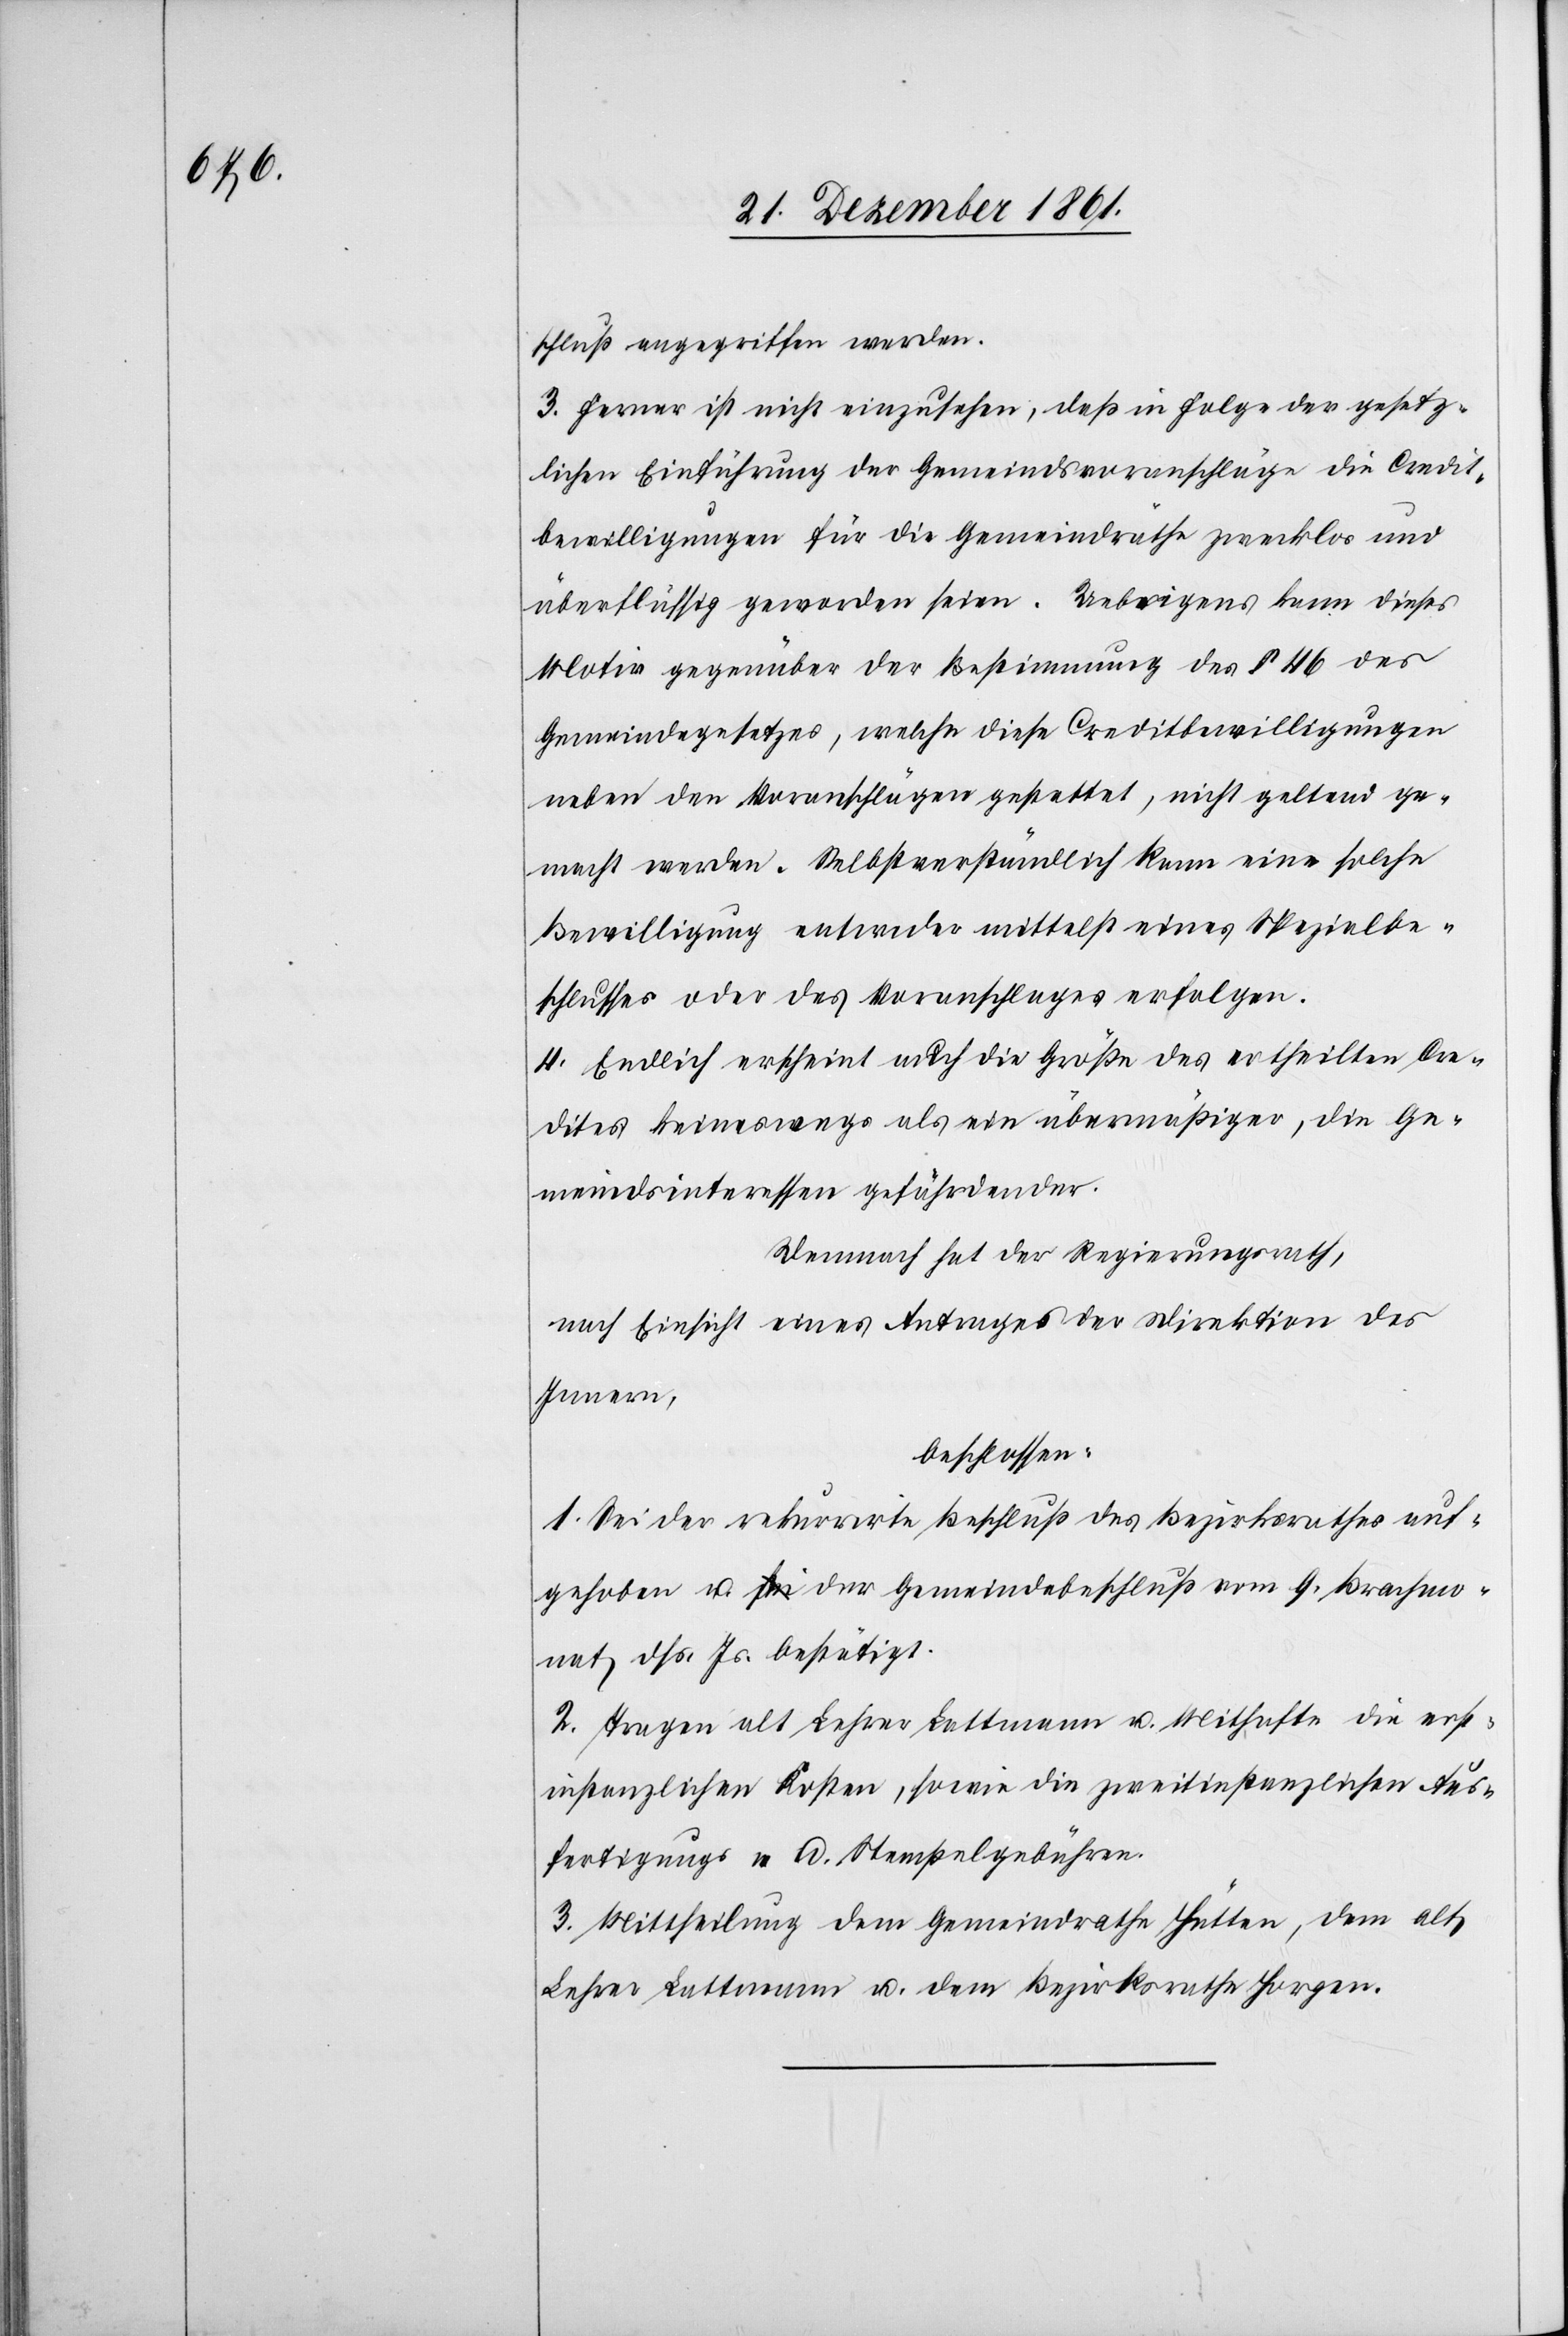
schluß angegriffen werden.
3. Ferner ist nicht einzusehen, daß in Folge der gesetz¬
lichen Einführung der Gemeindsvoranschläge die Credit¬
bewilligungen für die Gemeindräthe zwecklos und
überflüssig geworden seien. Uebrigens kann dieses
Motiv gegenüber der Bestimmung des § 46 des
Gemeindegesetzes, welche diese Creditbewilligungen
neben den Voranschlägen gestattet, nicht geltend ge¬
macht werden. Selbstverständlich kann eine solche
Bewilligung entweder mittelst eines Spezialbe¬
schlusses oder des Voranschlages erfolgen.
4. Endlich erscheint auch die Größe des ertheilten Cre¬
dites keineswegs als ein übermäßiger, die Ge¬
meindsinteressen gefährdender.
Demnach hat der Regierungsrath,
nach Einsicht eines Antrages der Direktion des
Innern,
beschlossen:
1. Sei der rekurrirte Beschluß des Bezirksrathes auf¬
gehoben u. der Gemeindebeschluß vom 9 Brachmo¬
nat dss. Js. bestätigt.
2. Tragen alt Lehrer Lattmann u. Mithafte die erst¬
instanzlichen Kosten, sowie die zweitinstanzlichen Aus¬
fertigungs- u. Stempelgebühren.
3. Mittheilung dem Gemeindrathe Hütten, dem alt
Lehrer Lattmann u. dem Bezirksrathe Horgen.